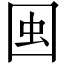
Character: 𱕺